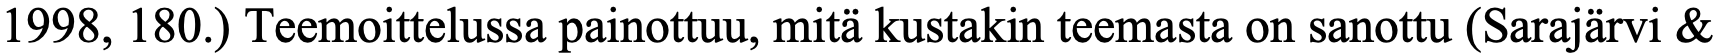
1998, 180.) Teemoittelussa painottuu, mitä kustakin teemasta on sanottu (Sarajärvi &